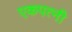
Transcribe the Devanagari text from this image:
एकपत्‍नी